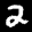
Label: 2